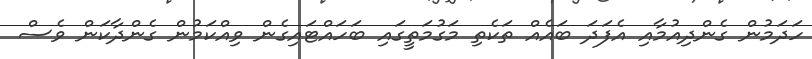
ހަދަމުން ގެންދިއުމާއި އެފަދަ ބައެއް ތަކެތި މަގުމަތީގައި ބަހައްޓައިގެން ވިއްކަމުން ގެންދާކަން ވެސް